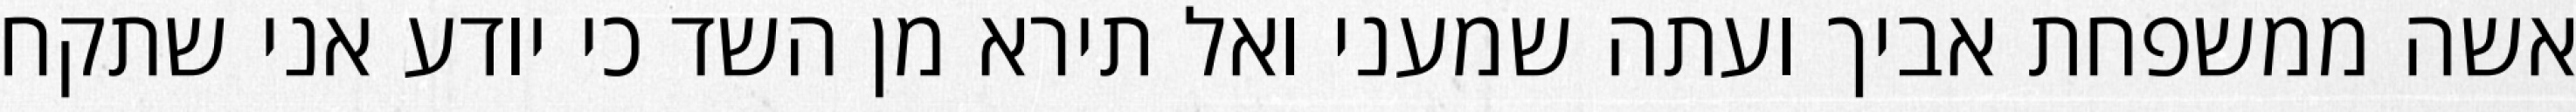
אשה ממשפחת אביך ועתה שמעני ואל תירא מן השד כי יודע אני שתקח